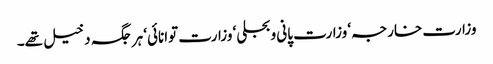
وزارت خارجہ‘ وزارت پانی وبجلی‘ وزارت توانائی‘ ہر جگہ دخیل تھے۔